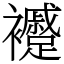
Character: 䙯